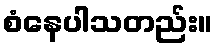
စံနေပါသတည်း။